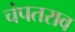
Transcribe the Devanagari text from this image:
चंपतराव